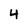
Character: 4